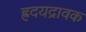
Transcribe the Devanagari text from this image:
ह्रदयद्रावक